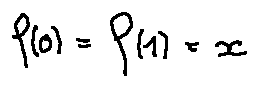
f ( 0 ) = f ( 1 ) = x